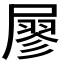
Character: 𡳇